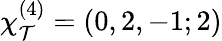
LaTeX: \chi_{\mathcal{T}}^{(4)}=(0,2,-1;2)